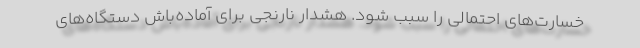
خسارت‌های احتمالی را سبب شود. هشدار نارنجی برای آماده‌باش دستگاه‌های